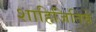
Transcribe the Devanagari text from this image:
शाहिजितिये